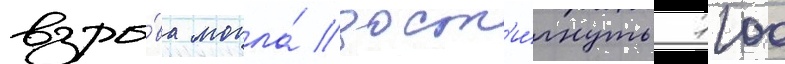
взры́ва могла́ дост'и́гнуть 1100